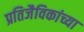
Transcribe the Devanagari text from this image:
प्रतिजैविकांच्या